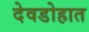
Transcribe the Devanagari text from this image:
देवडोहात